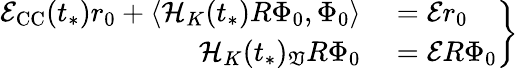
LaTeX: \left.\begin{array}{rl}{\mathcal{E}_{\mathrm{CC}}(t_{*})r_{0}+\langle\mathcal{H}_{K}(t_{*})R\Phi_{0},\Phi_{0}\rangle}&{{}=\mathcal{E}r_{0}}\\ {\mathcal{H}_{K}(t_{*})_{\mathfrak{V}}R\Phi_{0}}&{{}=\mathcal{E}R\Phi_{0}}\end{array}\right\}